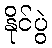
နိုင်ပွဲ